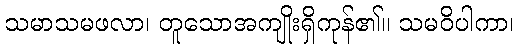
သမာသမဖလာ၊ တူသောအကျိုးရှိကုန်၏။ သမဝိပါကာ၊